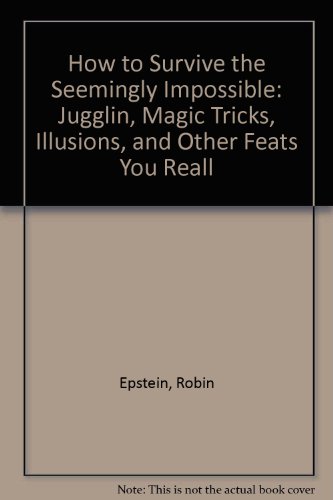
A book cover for How to Survive the Seemingly Impossible: Jugglin, Magic Tricks, Illusions, and Other Feats You Reall; Robin Epstien; Sports & Outdoors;